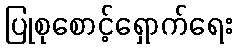
ပြုစုစောင့်ရှောက်ရေး